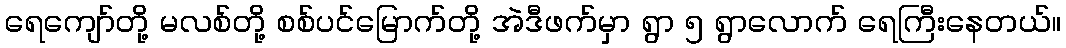
ရေကျော်တို့ မလစ်တို့ စစ်ပင်မြောက်တို့ အဲဒီဖက်မှာ ရွာ ၅ ရွာလောက် ရေကြီးနေတယ်။